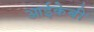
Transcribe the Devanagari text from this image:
आईकेबी